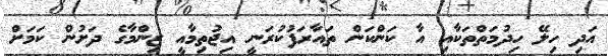
އަދި ހިލޭ ހިދުމަތްތަކާއި އާ ކަންކަން ތައާރަފުކުރަނީ އިޖުތިމާއީ ޒިންމާގެ ދަށުން ކަމަށް